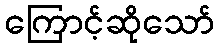
ကြောင့်ဆိုသော်